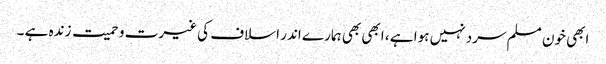
ابھی خون مسلم سرد نہیں ہوا ہے ، ابھی بھی ہمارے اندر اسلاف کی غیرت و حمیت زندہ ہے ۔